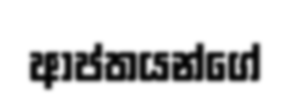
ආප්තයන්ගේ